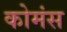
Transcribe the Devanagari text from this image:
कोमंस